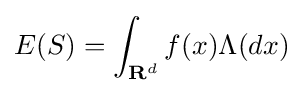
E(S)=\int _{{\textbf {R}}^{d}}f(x)\Lambda (dx)